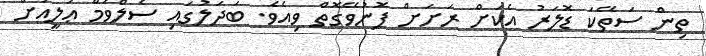
ތިން ސަތޭކަ ޑޮލަރު އެކަށް ރަށަށް ފޮނުވޭގޮތް ވިއެވެ. ބަދަލުގައި ސެލްވަމް ޢަލީއަށް